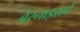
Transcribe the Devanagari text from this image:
बेरनाइसचे